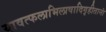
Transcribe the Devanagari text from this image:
यावत्फलाभिलाषादिगृहीतानां